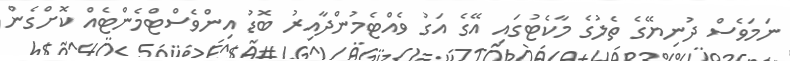
ނަމަވެސް ދުނިޔޭގެ ތެލުގެ މާކެޓުގައި އޭގެ އަގު ވެއްޓެމުންދާއިރު ބޮޑު އިންވެސްޓްމެންޓެއް ކޮށްގެން